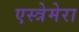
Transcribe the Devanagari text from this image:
एस्त्रेमेरा